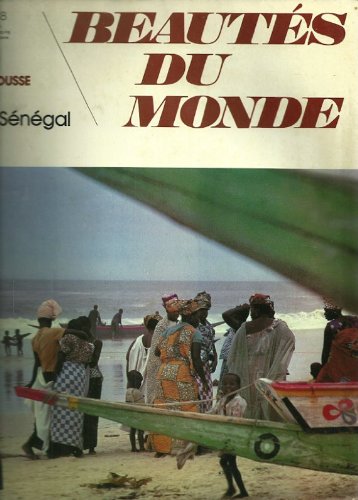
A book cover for Beautes Du Monde, Le Senegal, No 88 de Decouvrir Larousse; jean Erik Linnemann; Travel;